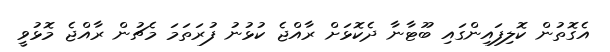
އެގޮތުން ކޮލިފައިންގައި ބޫޓާނާ ދެކޮޅަށް ރާއްޖެ ކުޅުނު ފުރަތަމަ މެޗުން ރާއްޖެ މޮޅުވީ